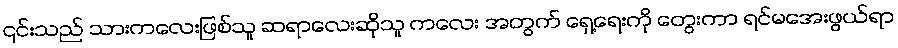
၎င်းသည် သားကလေးဖြစ်သူ ဆရာလေးဆိုသူ ကလေး အတွက် ရှေ့ရေးကို တွေးကာ ရင်မအေးဖွယ်ရာ